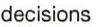
decisions